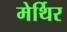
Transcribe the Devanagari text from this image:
मेर्थिर